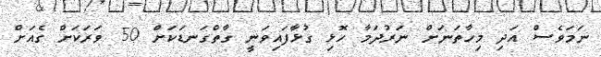
ނަމަވެސް އަދި މިހާތަނަށް ނަރުދަމާ ހޮޅި ގުޅާފައިވަނީ ގާތްގަނޑަކަށް 50 ވަރަކަށް ގެއަށް